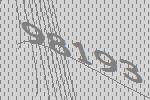
98193